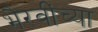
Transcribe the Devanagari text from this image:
भैरवींच्या